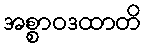
အစ္စာဝဒထာတိ